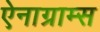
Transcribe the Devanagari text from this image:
ऐनाग्राम्स